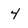
Character: 4